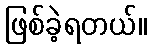
ဖြစ်ခဲ့ရတယ်။